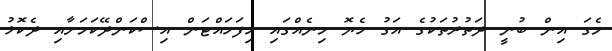
މެގަ އިން ބުނީ ދަތުރުތަކުގެ އަގު ހެޔޮ މިނެއްގައި ހިފަހައްޓަން އިސްކަންދޭކަމަށާއި ދެކޮޅު